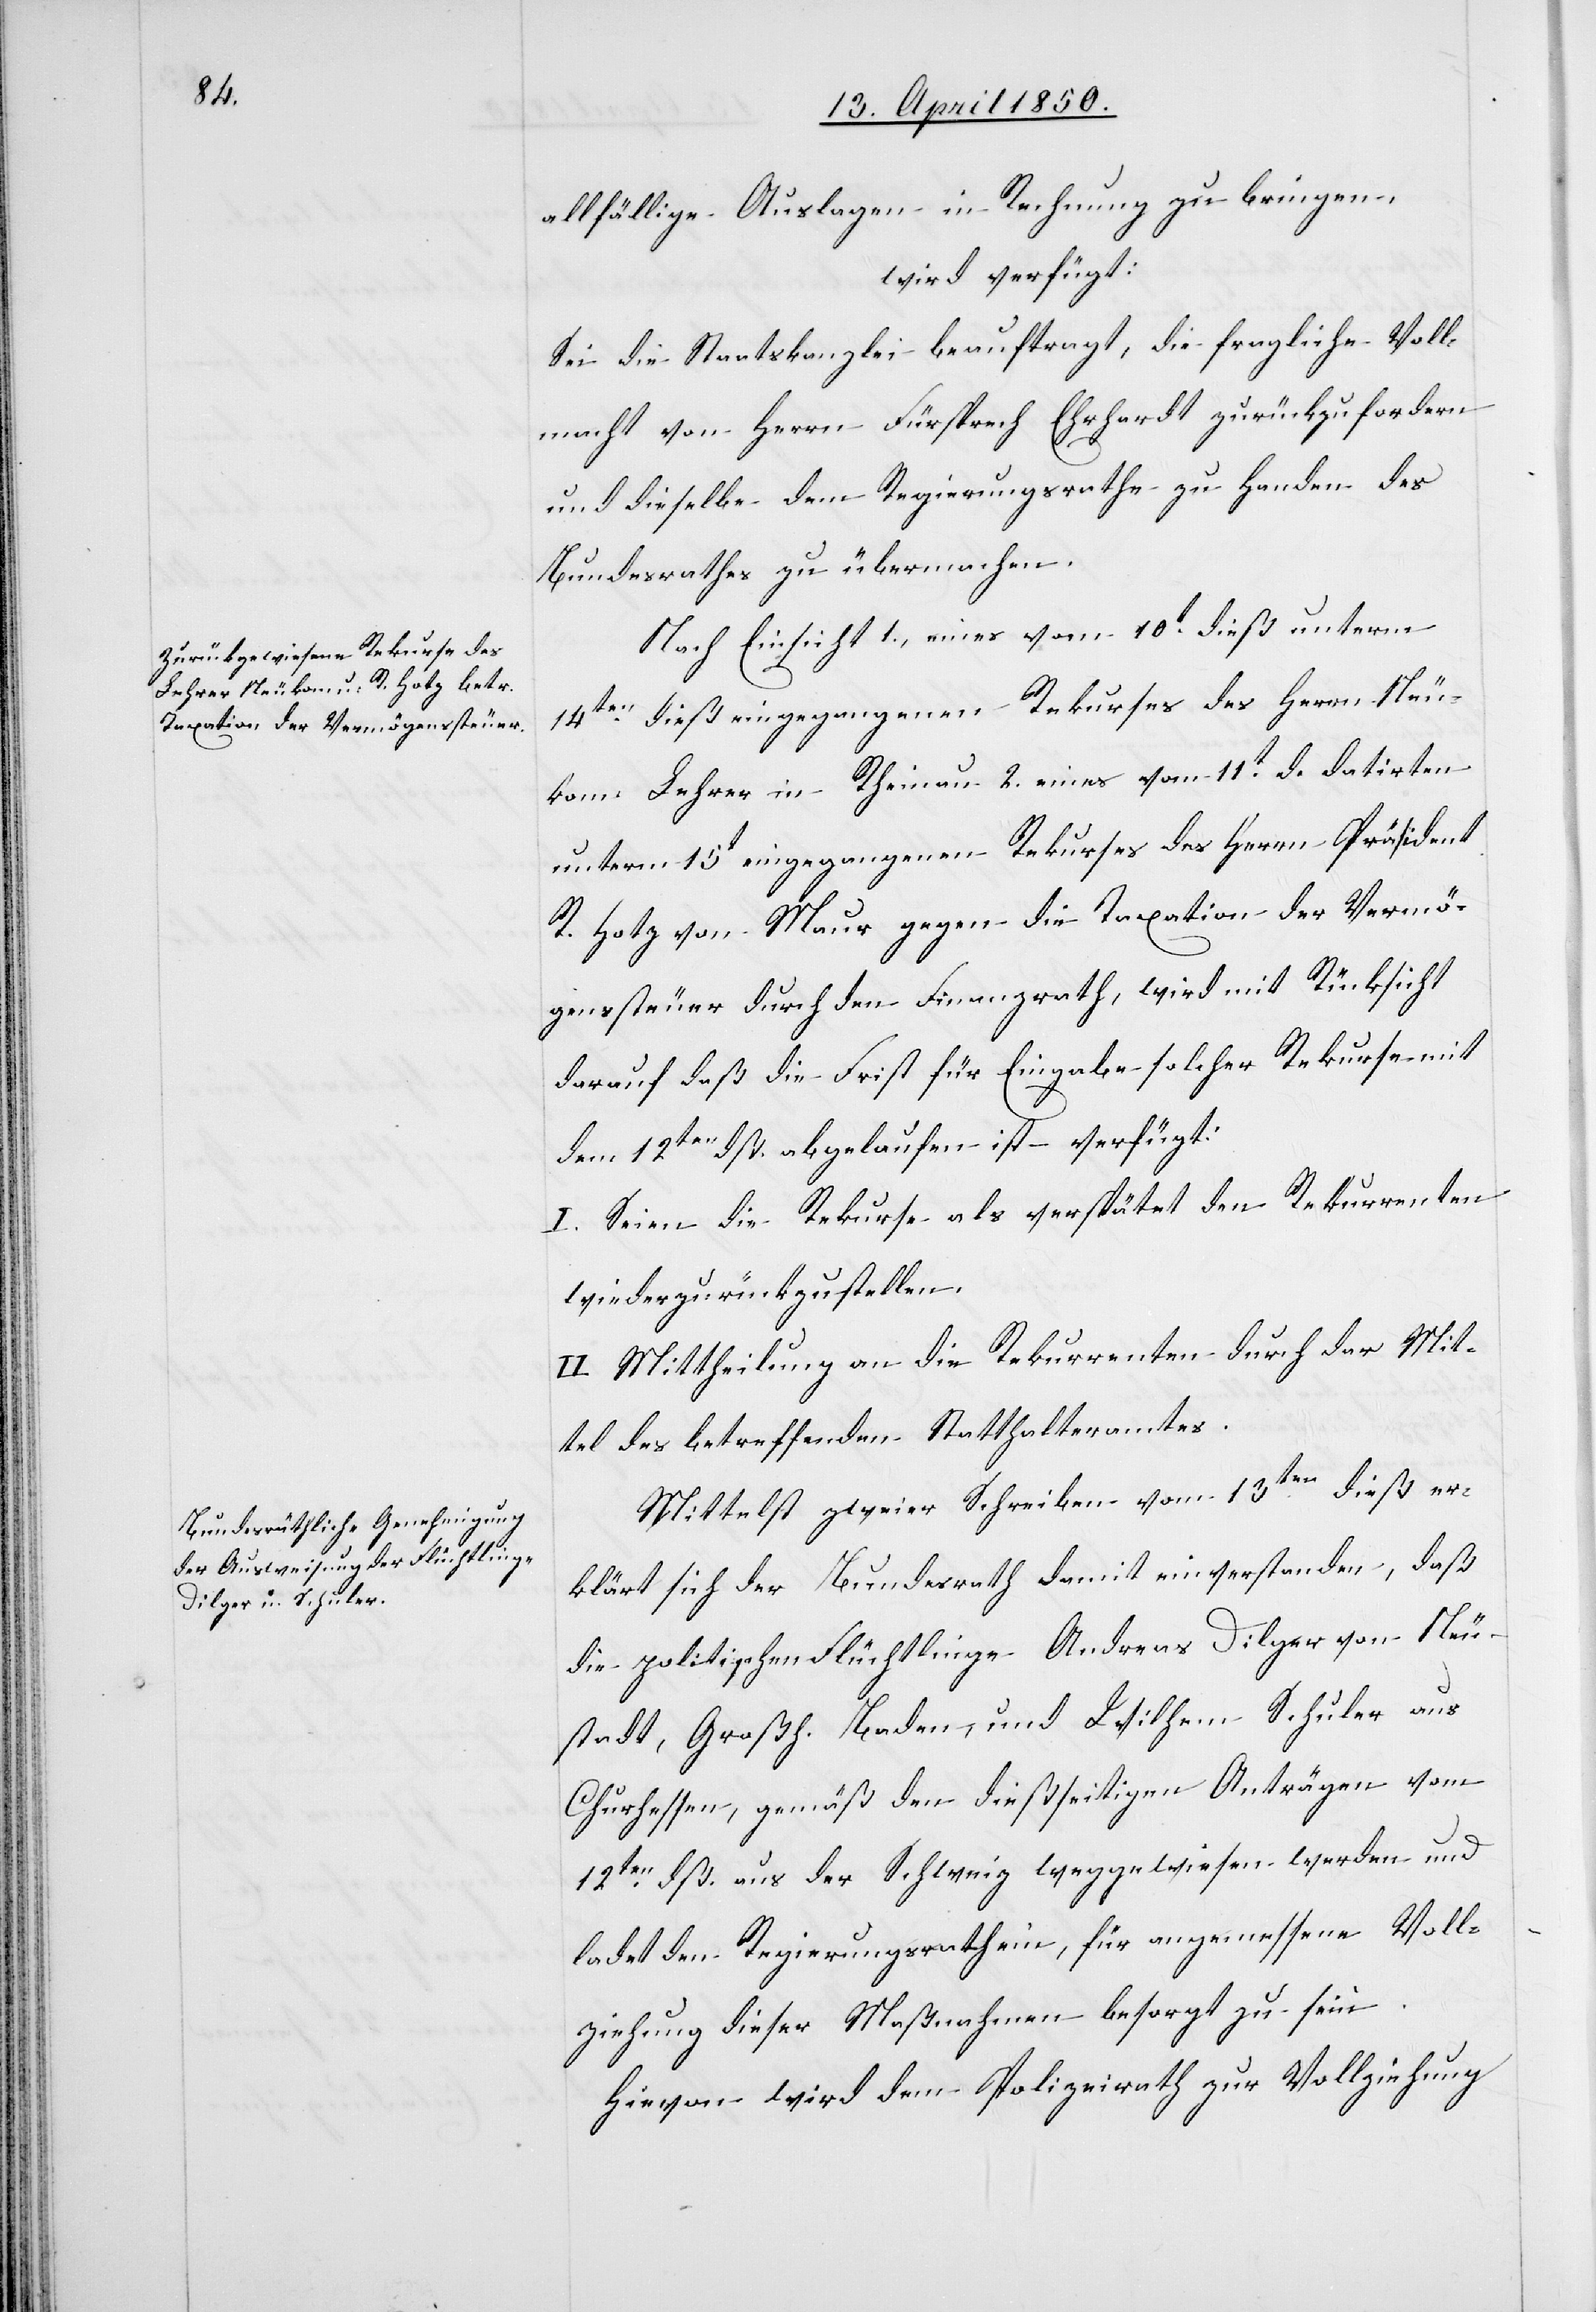
15. April 1850.]
allfällige Auslagen in Rechnung zu bringen,
wird verfügt:
Sei die Staatskanzlei beauftragt, die fragliche Voll¬
macht von Herrn Fürsprech Ehrhardt zurückzufordern
und dieselbe dem Regierungsrathe zu Handen des
Bundesrathes zu übermachen.
Nach Einsicht 1., eines vom 10t dieß unterm
14ten dieß eingegangenen Rekurses des Herrn Neu¬
kom Lehrer in Rheinau 2., eines vom 11t d. datirten
unterm 15t eingegangenen Rekurses des Herrn Präsident
R. Hotz von Maur gegen die Taxation der Vermö¬
genssteuer durch den Finanzrath, wird mit Rücksicht
darauf daß die Frist für Eingabe solcher Rekurse mit
dem 12ten dß. abgelaufen ist verfügt:
I. Seien die Rekurse als verspätet den Rekurrenten
wiederzurückzustellen.
II. Mittheilung an die Rekurrenten durch das Mit¬
tel des betreffenden Statthalteramtes.
Mittelst zweier Schreiben vom 13ten dieß er¬
klärt sich der Bundesrath damit einverstanden, daß
die politischen Flüchtlinge Andreas Dilger von Neu¬
stadt, Großh. Baden, und Wilhem Schuler aus
Churhessen, gemäß den dießseitigen Anträgen vom
12ten dß. aus der Schweiz weggewiesen werden und
ladet den Regierungsrath ein, für angemessene Voll¬
ziehung dieser Maßnahmen besorgt zu sein.
Hievon wird dem Polizeirath zur Vollziehung